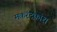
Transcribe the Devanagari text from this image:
मकरंदकोश